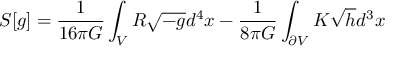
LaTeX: S [ g ] = \frac { 1 } { 1 6 \pi G } \int _ { V } R \sqrt { - g } d ^ { 4 } x - \frac { 1 } { 8 \pi G } \int _ { \partial V } K \sqrt { h } d ^ { 3 } x